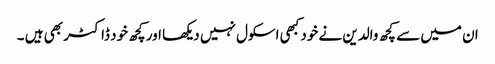
ان میں سے کچھ والدین نے خود کبھی اسکول نہیں دیکھا اور کچھ خود ڈاکٹر بھی ہیں ۔